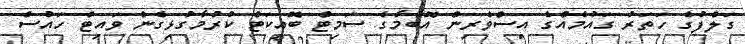
ގަލްފުގެ ހަތަރު ގައުމެއްގެ އިސްވެރިން އޮބާމާގެ ސަމިޓް ބޮއިކަޓް ކުރުމާގުޅިގެން ވައިޓް ހައުސް